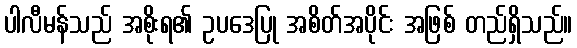
ပါလီမန်သည် အစိုးရ၏ ဥပဒေပြု အစိတ်အပိုင်း အဖြစ် တည်ရှိသည်။